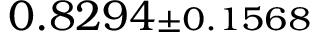
0 . 8 2 9 4 { \scriptstyle \pm 0 . 1 5 6 8 }